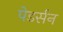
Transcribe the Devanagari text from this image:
पेडर्सन